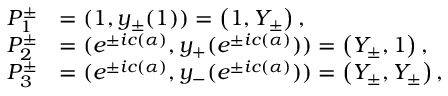
\begin{array} { r l } { P _ { 1 } ^ { \pm } } & { = ( 1 , y _ { \pm } ( 1 ) ) = \left( 1 , Y _ { \pm } \right) , } \\ { P _ { 2 } ^ { \pm } } & { = ( e ^ { \pm i c ( \alpha ) } , y _ { + } ( e ^ { \pm i c ( \alpha ) } ) ) = \left( Y _ { \pm } , 1 \right) , } \\ { P _ { 3 } ^ { \pm } } & { = ( e ^ { \pm i c ( \alpha ) } , y _ { - } ( e ^ { \pm i c ( \alpha ) } ) ) = \left( Y _ { \pm } , Y _ { \pm } \right) , } \end{array}